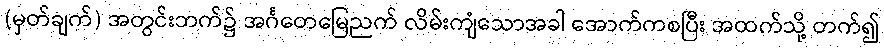
(မှတ်ချက်) အတွင်းဘက်၌ အင်္ဂတေမြေညက် လိမ်းကျံသောအခါ အောက်ကစပြီး အထက်သို့ တက်၍